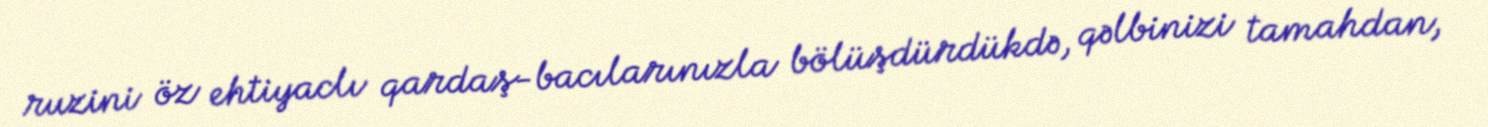
ruzini öz ehtiyaclı qardaş-bacılarınızla bölüşdürdükdə, qəlbinizi tamahdan,